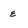
Character: e